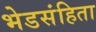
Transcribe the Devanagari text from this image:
भेडसंहिता